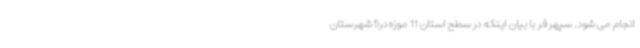
انجام می ‌شود. سپهرفر با بیان اینکه در سطح استان 11 موزه در5 شهرستان